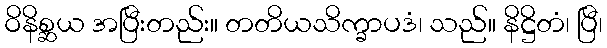
ဝိနိစ္ဆယ အပြီးတည်း။ တတိယသိက္ခာပဒံ၊ သည်။ နိဋ္ဌိတံ၊ ပြီ၊